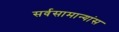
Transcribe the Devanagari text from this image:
सर्वसामान्यांस